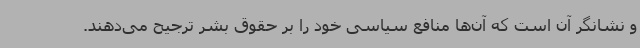
و نشانگر آن است که آن‌ها منافع سیاسی خود را بر حقوق بشر ترجیح می‌دهند.